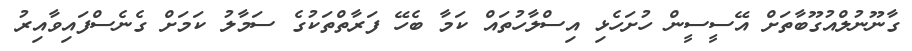
ގާނޫނުލްއުގޫބާތަށް އޭސީސީން ހުށަހެޅި އިސްލާހުތައް ކަމާ ބެހޭ ފަރާތްތަކުގެ ސަމާލު ކަމަށް ގެނެސްފައިވާއިރު